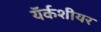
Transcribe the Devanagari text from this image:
यॅर्कशीयर